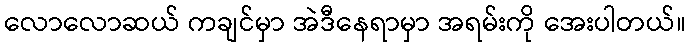
လောလောဆယ် ကချင်မှာ အဲဒီနေရာမှာ အရမ်းကို အေးပါတယ်။